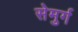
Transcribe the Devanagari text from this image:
सेमुर्ग